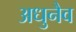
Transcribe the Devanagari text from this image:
अधुनैव